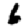
Digit: 6